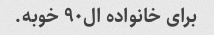
برای خانواده ال۹۰ خوبه.